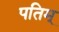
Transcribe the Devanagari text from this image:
पतिम्